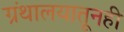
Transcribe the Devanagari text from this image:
ग्रंथालयातूनही